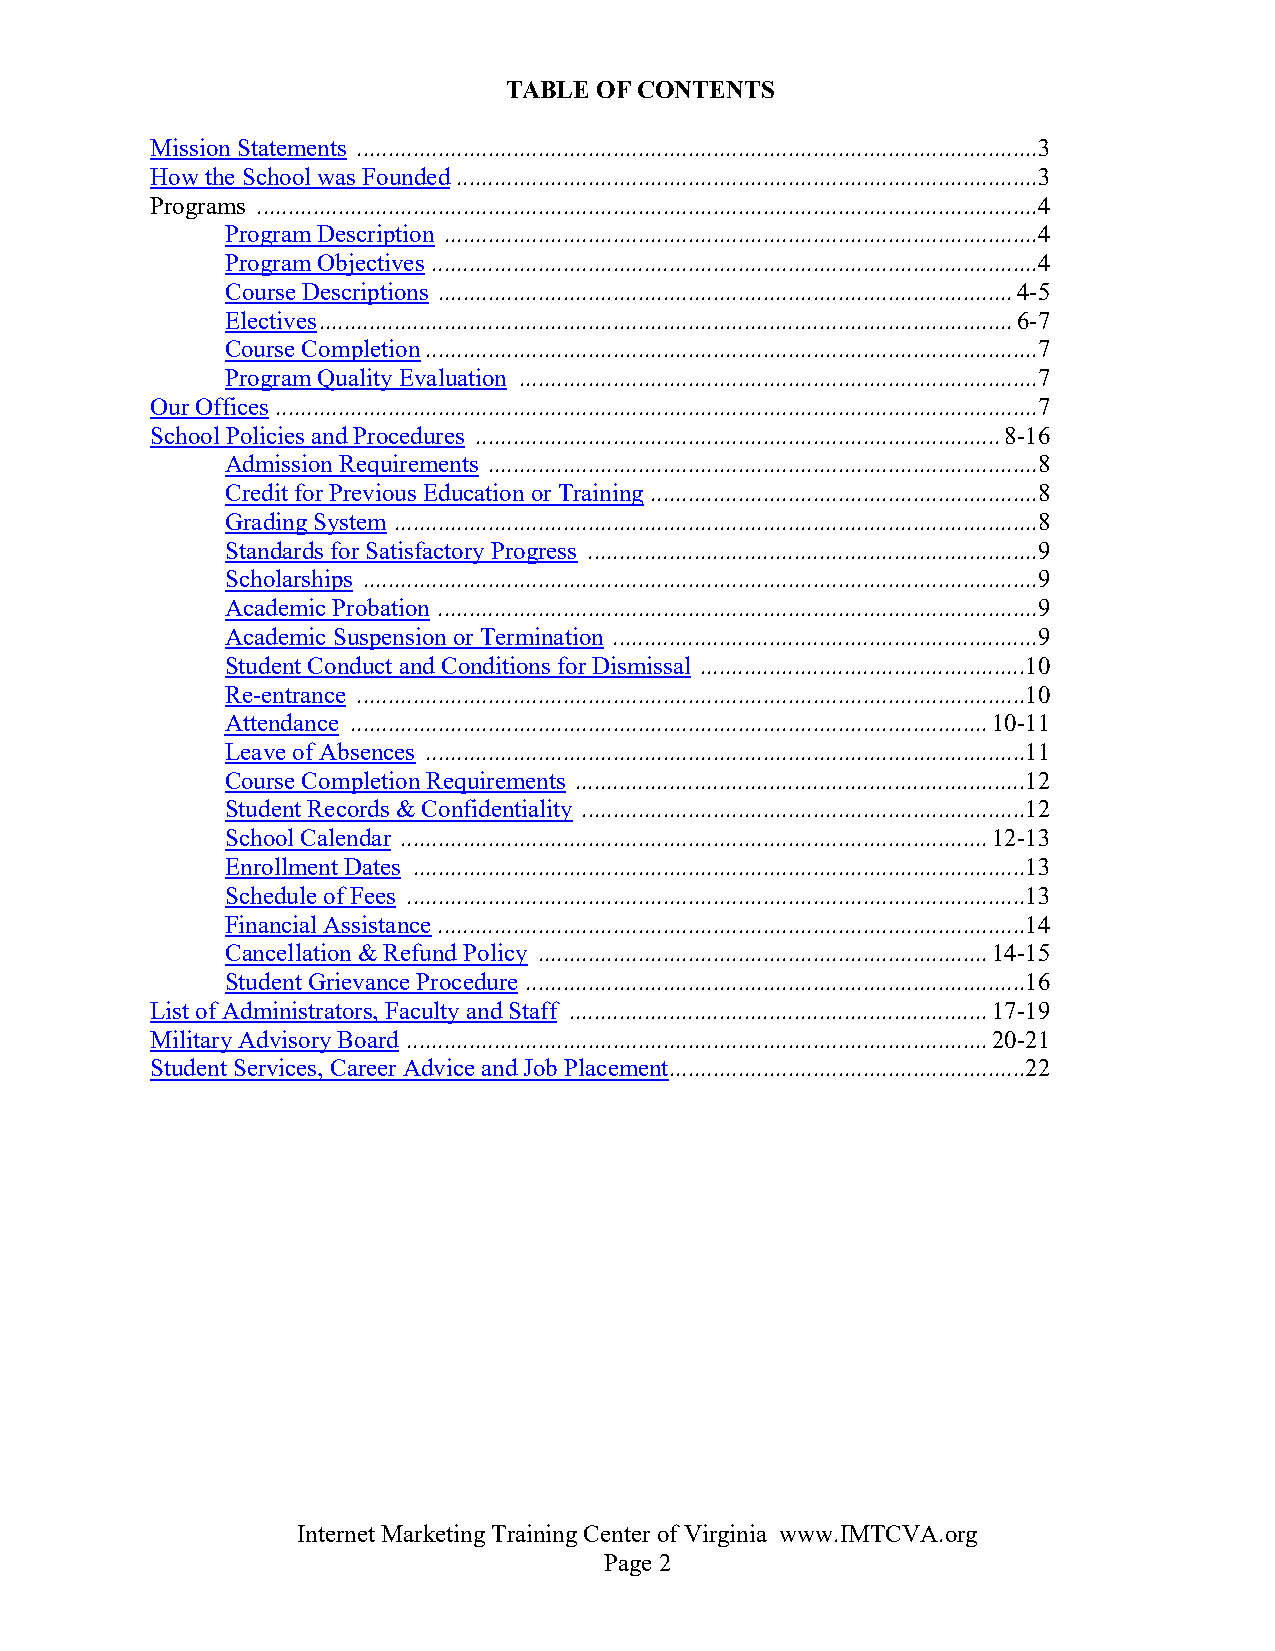
TABLE  OF CONTENTS
 Mission Statements .............................................................................................................3
 How the School was Founded .............................................................................................3
 Programs .............................................................................................................................4
 Program Description ...............................................................................................4
 Program Objectives .................................................................................................4
 Course Descriptions ............................................................................................ 4-5
 Electives ............................................................................................................... 6-7
 Course Completion ..................................................................................................7
 Program Quality Evaluation ...................................................................................7
 Our Offices ..........................................................................................................................7
 School Policies and Procedures .................................................................................... 8-16
 Admission Requirements ........................................................................................8
 Credit for Previous Education or Training ..............................................................8
 Grading System .......................................................................................................8
 Standards for Satisfactory Progress ........................................................................9
 Scholarships ............................................................................................................9
 Academic Probation ................................................................................................9
 Academic Suspension or Termination ....................................................................9
 Student Conduct and Conditions for Dismissal ....................................................10
 Re-entrance ...........................................................................................................10
 Attendance ...................................................................................................... 10-11
 Leave of Absences ................................................................................................11
 Course Completion Requirements ........................................................................12
 Student Records & Confidentiality .......................................................................12
 School Calendar .............................................................................................. 12-13
 Enrollment Dates ..................................................................................................13
 Schedule of Fees ...................................................................................................13
 Financial Assistance ..............................................................................................14
 Cancellation & Refund Policy ........................................................................ 14-15
 Student Grievance Procedure ................................................................................16
 List of Administrators, Faculty and Staff ................................................................... 17-19
 Military Advisory Board ............................................................................................. 20-21
 Student Services, Career Advice and Job Placement .........................................................22
 Internet Marketing Training Center of Virginia www.IMTCVA.org
 Page 2